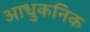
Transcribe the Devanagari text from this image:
आधुकनिक